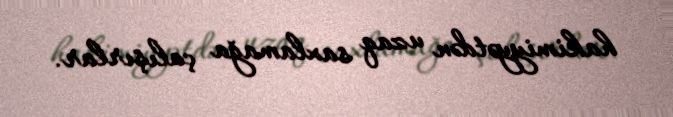
hakimiyyətdən uzaq saxlamağa çalışırlar.